Document type: Dowry acquittance
Year: 1427
Scribe: Pere Tarafa
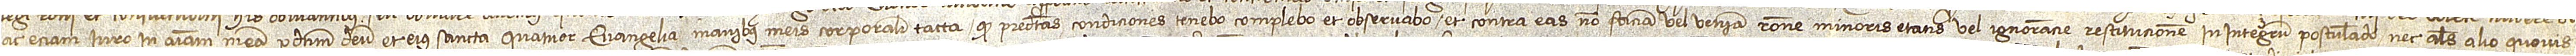
ac etiam iuro in amimam meam per Dominum Deum et eius sancta quatuor Evangelia, manibus meis corporaliter tacta, quod predictas condiciones tenebo, complebo et observabo et contra eas non faciam vel veniam ratione minoris etatis vel ignorancie, restitucionem in integrum postulando nec alias alio quovis